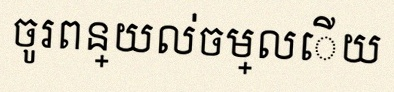
ចូរពន្យល់ចម្លើយ